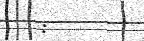
: